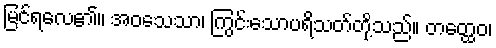
မြင်ရလေ၏။ အဝသေသာ၊ ကြွင်းသောပရိသတ်တို့သည်။ တတ္ထေဝ၊